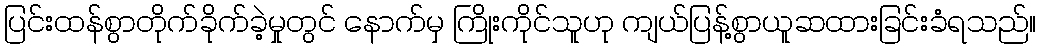
ပြင်းထန်စွာတိုက်ခိုက်ခဲ့မှုတွင် နောက်မှ ကြိုးကိုင်သူဟု ကျယ်ပြန့်စွာယူဆထားခြင်းခံရသည်။